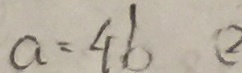
a = 4 b ( 2